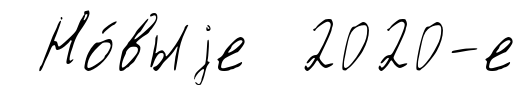
Но́выjе 2020-е